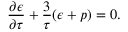
\frac { \partial \epsilon } { \partial \tau } + \frac { 3 } { \tau } ( \epsilon + p ) = 0 .